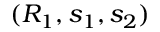
( R _ { 1 } , s _ { 1 } , s _ { 2 } )